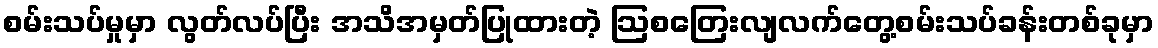
စမ်းသပ်မှုမှာ လွတ်လပ်ပြီး အသိအမှတ်ပြုထားတဲ့ ဩစတြေးလျလက်တွေ့စမ်းသပ်ခန်းတစ်ခုမှာ